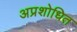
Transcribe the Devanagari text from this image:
अप्रशोधित